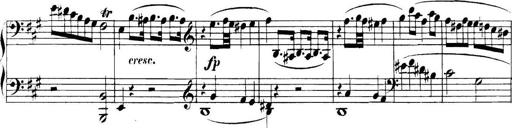
Title: Collected Piano Sonatas
Composer: Muzio Clementi